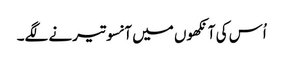
اُس کی آنکھوں میں آنسو تیرنے لگے۔